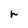
Character: r